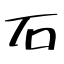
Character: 石